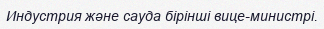
Индустрия және сауда бірінші вице-министрі.